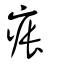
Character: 痮